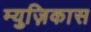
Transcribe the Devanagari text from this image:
म्युज़िकास